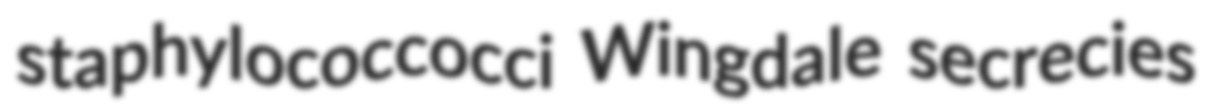
staphylococcocci Wingdale secrecies